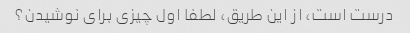
درست است، از این طریق، لطفا اول چیزی برای نوشیدن؟